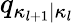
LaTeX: q_{\kappa_{l+1}|\kappa_{l}}